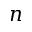
n